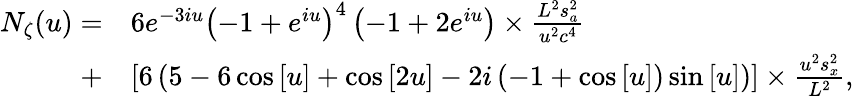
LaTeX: \begin{array}{rl}{{N_{\zeta}}(u)=}&{6{e^{-3iu}}{\left({-1+{e^{iu}}}\right)^{4}}\left({-1+2{e^{iu}}}\right)\times\frac{{{L^{2}}s_{a}^{2}}}{{{u^{2}}{c^{4}}}}}\\ {+}&{\left[{6\left({5-6\cos\left[u\right]+\cos\left[{2u}\right]-2i\left({-1+\cos\left[u\right]}\right)\sin\left[u\right]}\right)}\right]\times\frac{{{u^{2}}s_{x}^{2}}}{{{L^{2}}}},}\end{array}